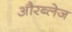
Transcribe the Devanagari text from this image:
औरब्लेज